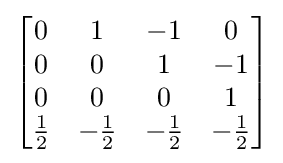
{\begin{bmatrix}0&1&-1&0\\0&0&1&-1\\0&0&0&1\\{\frac {1}{2}}&-{\frac {1}{2}}&-{\frac {1}{2}}&-{\frac {1}{2}}\\\end{bmatrix}}